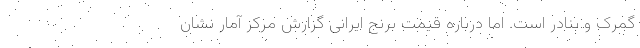
گمرک و بنادر است. اما درباره قیمت برنج ایرانی گزارش مرکز آمار نشان